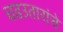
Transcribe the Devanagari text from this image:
चढउतारांचे